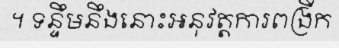
។ ទន្ទឹមនឹងនោះអនុវត្តការពង្រីក